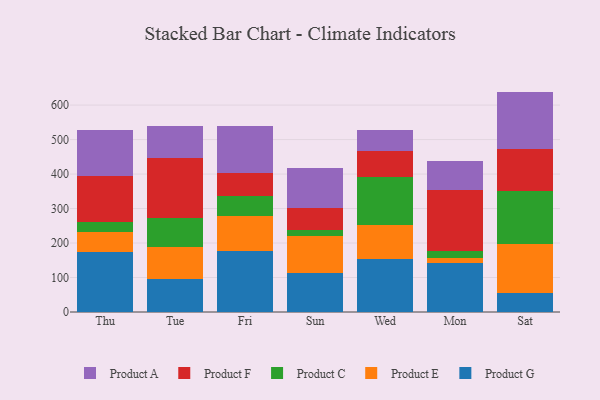
{"axis": {"x": "Day", "y": "Website Visitors"}, "legend": ["Product A", "Product C", "Product E", "Product F", "Product G"], "data": [{"x": "Thu", "y": 175.2, "type": "Product G"}, {"x": "Thu", "y": 57.2, "type": "Product E"}, {"x": "Thu", "y": 29.1, "type": "Product C"}, {"x": "Thu", "y": 133.4, "type": "Product F"}, {"x": "Thu", "y": 132.8, "type": "Product A"}, {"x": "Tue", "y": 95.5, "type": "Product G"}, {"x": "Tue", "y": 94.2, "type": "Product E"}, {"x": "Tue", "y": 83.7, "type": "Product C"}, {"x": "Tue", "y": 172.4, "type": "Product F"}, {"x": "Tue", "y": 92.3, "type": "Product A"}, {"x": "Fri", "y": 177.5, "type": "Product G"}, {"x": "Fri", "y": 101.4, "type": "Product E"}, {"x": "Fri", "y": 58.1, "type": "Product C"}, {"x": "Fri", "y": 67.4, "type": "Product F"}, {"x": "Fri", "y": 134.7, "type": "Product A"}, {"x": "Sun", "y": 113.0, "type": "Product G"}, {"x": "Sun", "y": 108.2, "type": "Product E"}, {"x": "Sun", "y": 17.2, "type": "Product C"}, {"x": "Sun", "y": 63.8, "type": "Product F"}, {"x": "Sun", "y": 115.5, "type": "Product A"}, {"x": "Wed", "y": 153.5, "type": "Product G"}, {"x": "Wed", "y": 97.8, "type": "Product E"}, {"x": "Wed", "y": 140.9, "type": "Product C"}, {"x": "Wed", "y": 73.4, "type": "Product F"}, {"x": "Wed", "y": 61.9, "type": "Product A"}, {"x": "Mon", "y": 143.4, "type": "Product G"}, {"x": "Mon", "y": 12.9, "type": "Product E"}, {"x": "Mon", "y": 19.9, "type": "Product C"}, {"x": "Mon", "y": 177.2, "type": "Product F"}, {"x": "Mon", "y": 85.9, "type": "Product A"}, {"x": "Sat", "y": 55.1, "type": "Product G"}, {"x": "Sat", "y": 142.4, "type": "Product E"}, {"x": "Sat", "y": 152.3, "type": "Product C"}, {"x": "Sat", "y": 122.0, "type": "Product F"}, {"x": "Sat", "y": 167.3, "type": "Product A"}]}